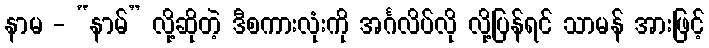
နာမ - “နာမ်” လို့ဆိုတဲ့ ဒီစကားလုံးကို အင်္ဂလိပ်လို လို့ပြန်ရင် သာမန် အားဖြင့်